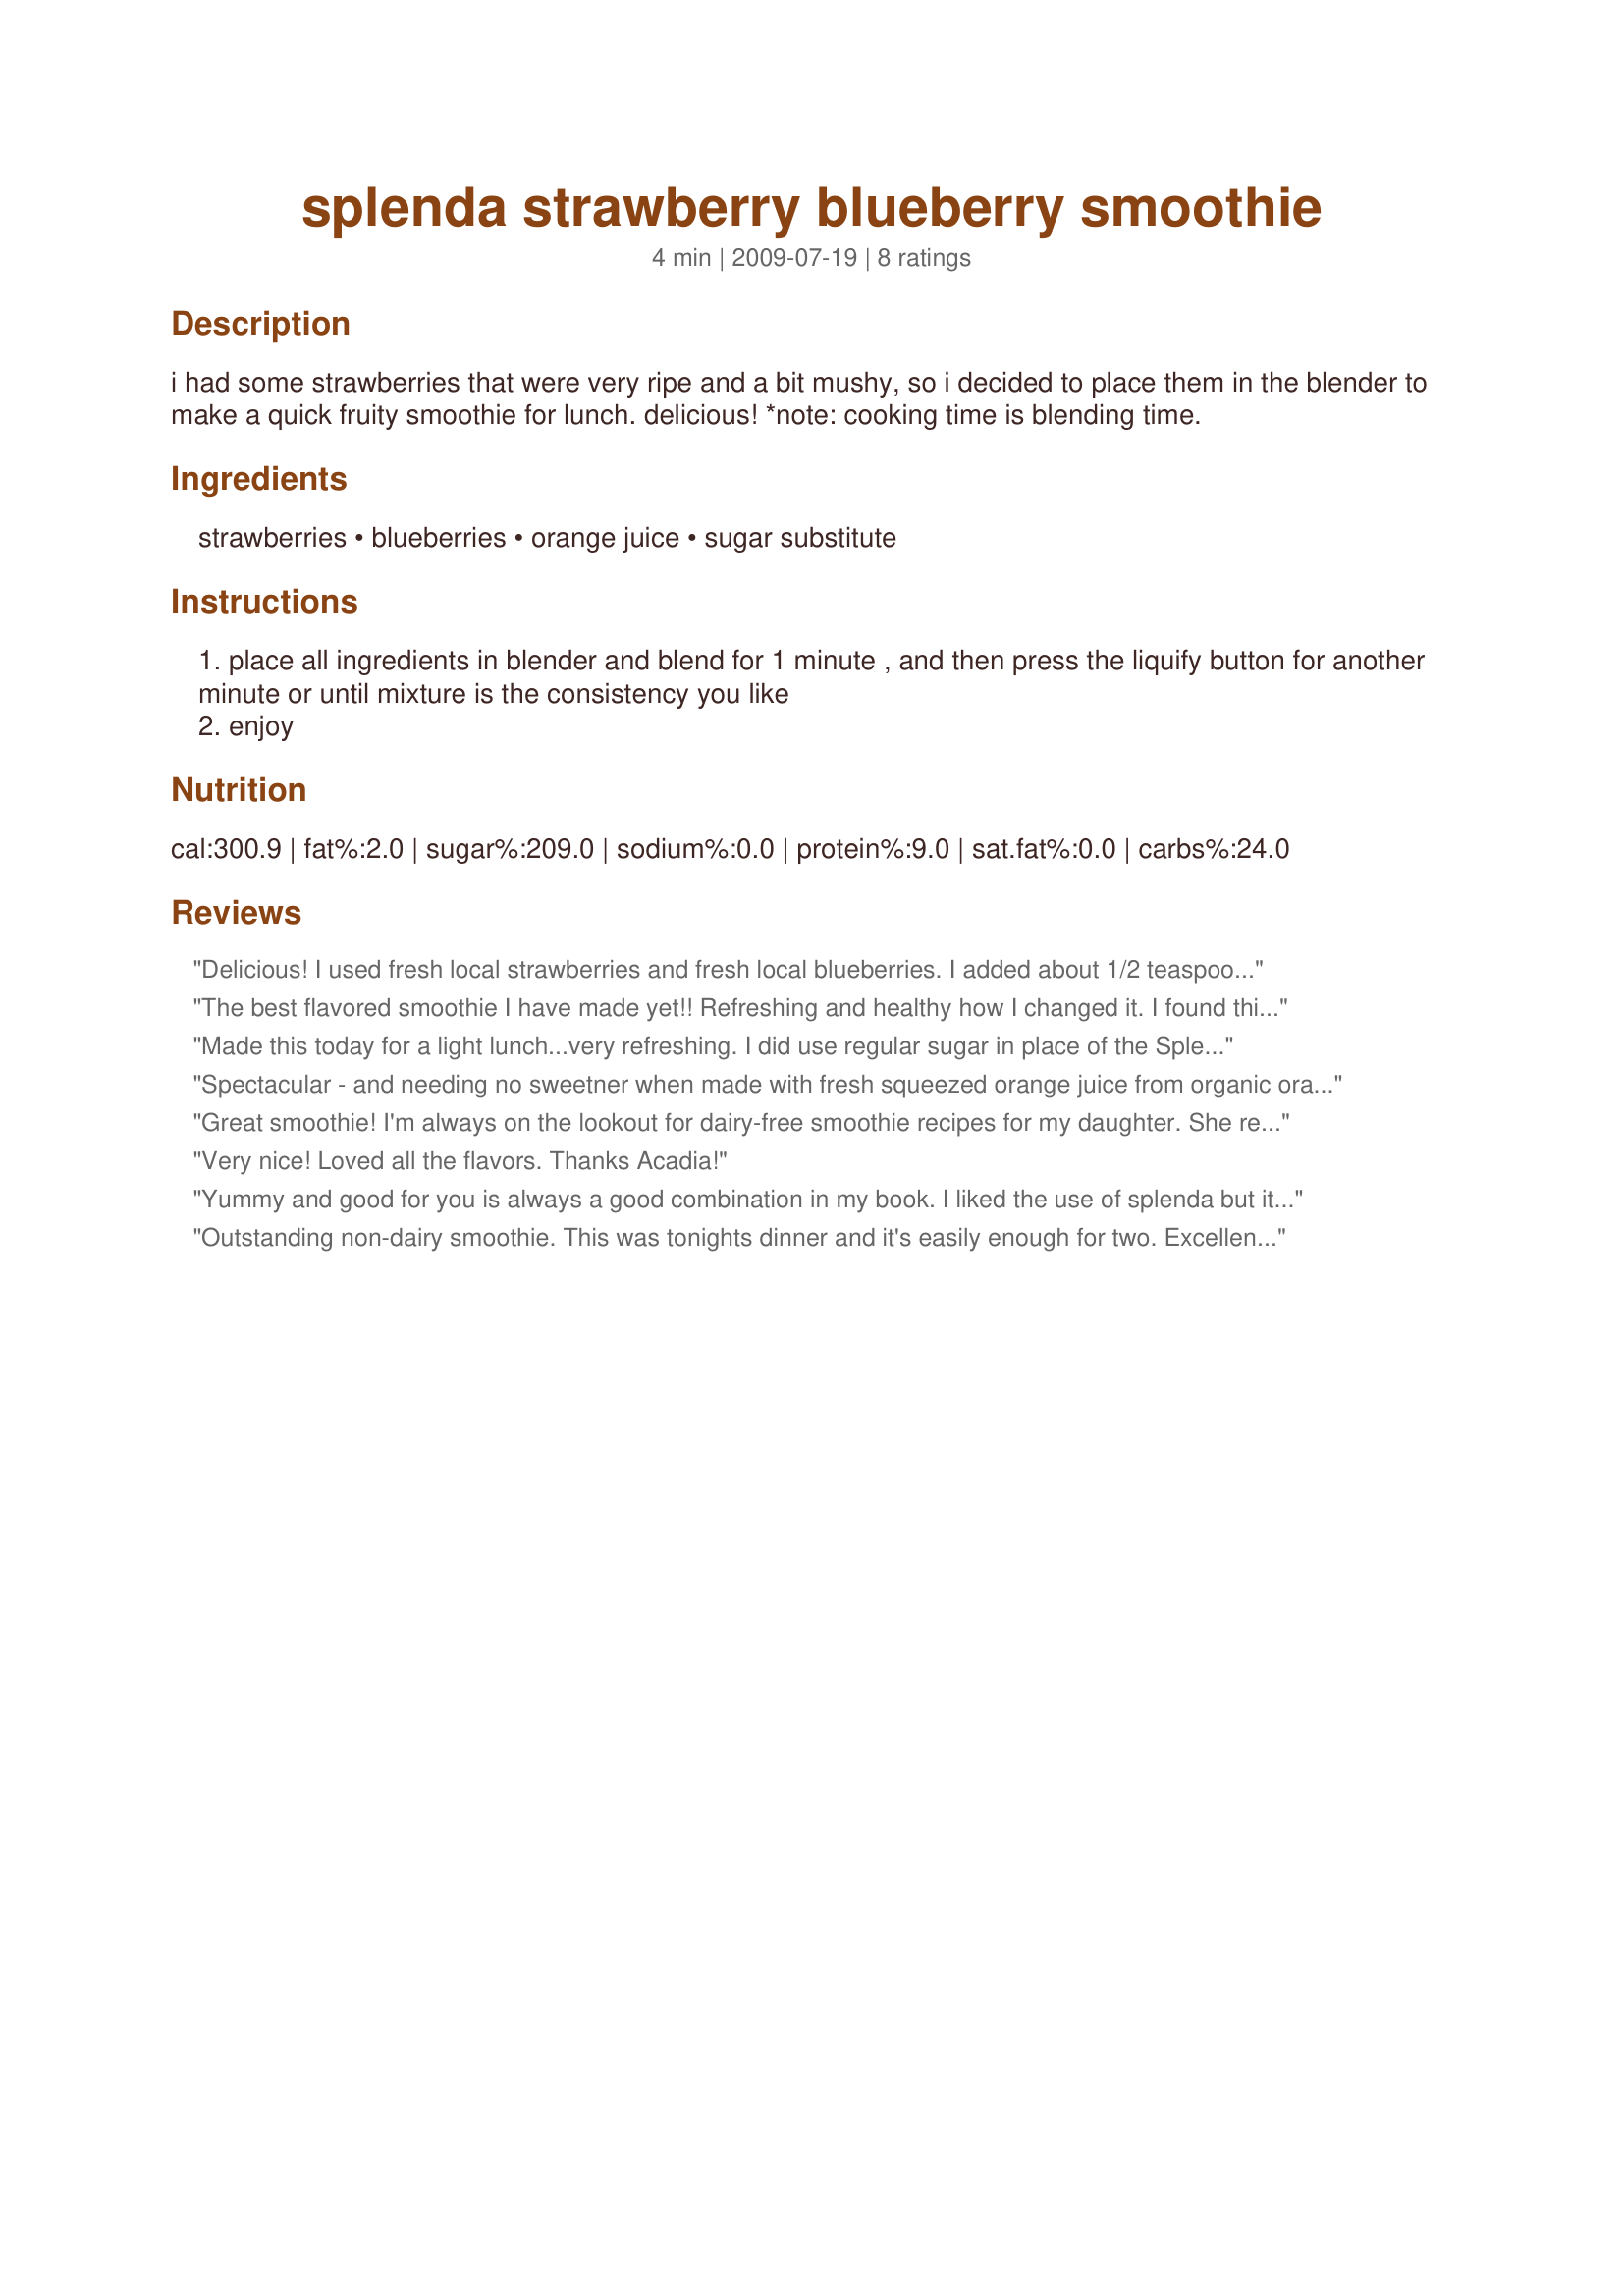
splenda strawberry blueberry smoothie
Preparation time: 4 minutes

i had some strawberries that were very ripe and a bit mushy, so i decided to
place them in the blender to make a quick fruity smoothie for lunch. delicious! *note: cooking time is blending time.

Ingredients:
strawberries, blueberries, orange juice, sugar substitute

Steps:
place all ingredients in blender and blend for 1 minute , and then press the liquify button for another minute or until mixture is the consistency you like
enjoy

Reviews:
Delicious! I used fresh local strawberries and fresh local blueberries. I added about 1/2 teaspoon of raw agave. If you don't have orange juice on hand, you could substitute a mixture of freshly squeezed citrus juice-grapefruit, lime, etc. Reviewed for NA*ME tag/Summer and Veg Tag/August. PS I think the the serving is off. I used 4 strawberries and about 1/2 cup of blueberries.;)
The best flavored smoothie I have made yet!! Refreshing and healthy how I changed it. I found this to be more than one serving. I used a frozen field berry mix of a good quality. It included strawberries and blueberries as well as raspberries and blackberries. I squeezed my own orange juice which I think really contributed to the great flavour. I used a creamed unpasteurised local honey as the sweetener to be healthier. I will make this again using freshly squeezed orange juice every time. Made for Veggie Swap 24 ~ July 2010.
Made this today for a light lunch...very refreshing. I did use regular sugar in place of the Splenda sugar substitute. This made a tall glass worth with a little extra to share. Thanks for posting Acadia.

Made and reviewed for the Feb.-Mar./Special Event 2010 Potluck Tag Game
Spectacular - and needing no sweetner when made with fresh squeezed orange juice from organic oranges, and fresh and ripe organic strawberries and blueberries! Tasted like summer - thanks, Acadia! Made for my chosen chef for Veggie Swap March 2011.
Great smoothie! I'm always on the lookout for dairy-free smoothie recipes for my daughter. She really enjoyed this. Thanks!
Very nice! Loved all the flavors. Thanks Acadia!
Yummy and good for you is always a good combination in my book. I liked the use of splenda but it was pretty sweet anyway without it. Made for Vegetarian tag.
Outstanding non-dairy smoothie. This was tonights dinner and it's easily enough for two. Excellent blend of flavors and I stopped blending before it became perfectly smooth leaving small bits of both berries, yumm. Made for Photo Tag :D.
